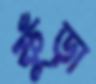
ফুঁড়া